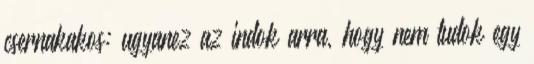
csernakakos: ugyanez az indok arra, hogy nem tudok egy